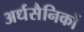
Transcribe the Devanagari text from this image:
अर्धसैनिकों